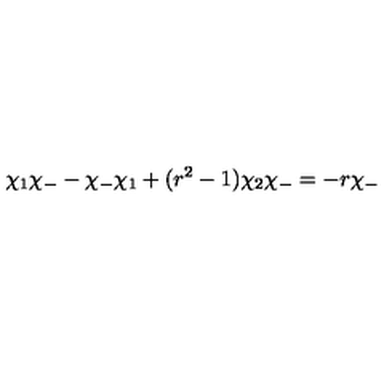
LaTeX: \chi _ { 1 } \chi _ { - } - \chi _ { - } \chi _ { 1 } + ( r ^ { 2 } - 1 ) \chi _ { 2 } \chi _ { - } = - r \chi _ { - }